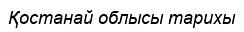
Қостанай облысы тарихы